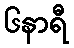
၆နာရီ